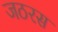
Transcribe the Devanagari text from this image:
जठरस